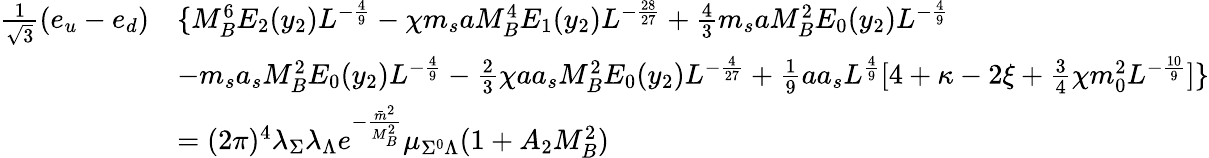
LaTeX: \begin{array}{ll}{{{\frac{1}{\sqrt{3}}}(e_{u}-e_{d})}}&{{\{ M_{B}^{6}E_{2}(y_{2})L^{-\frac{4}{9}}-\chi m_{s}aM_{B}^{4}E_{1}(y_{2})L^{-\frac{28}{27}}+{\frac{4}{3}}m_{s}aM_{B}^{2}E_{0}(y_{2})L^{-\frac{4}{9}}}}\\ {{}}&{{-m_{s}a_{s}M_{B}^{2}E_{0}(y_{2})L^{-\frac{4}{9}}-{\frac{2}{3}}\chi aa_{s}M_{B}^{2}E_{0}(y_{2})L^{-\frac{4}{27}}+{\frac{1}{9}}aa_{s}L^{\frac{4}{9}}[4+\kappa-2\xi+{\frac{3}{4}}\chi m_{0}^{2}L^{-\frac{10}{9}}]\} }}\\ {{}}&{{=(2\pi)^{4}\lambda_{\Sigma}\lambda_{\Lambda}e^{-\frac{{\bar{m}}^{2}}{M_{B}^{2}}}\mu_{\Sigma^{0}\Lambda}(1+A_{2}M_{B}^{2})}}\end{array}